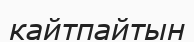
кайтпайтын